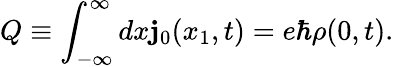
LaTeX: Q\equiv\int_{-\infty}^{\infty}dx\mathbf{j}_{0}(x_{1},t)=e{\hbar}{\rho}(0,t).